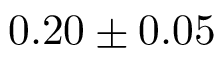
0 . 2 0 \pm { } 0 . 0 5